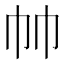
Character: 𰏒